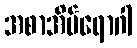
အစာအိမ်ရောဂါ